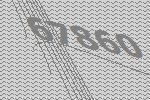
67860